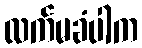
လက်မခံပါက